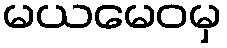
မယမေဝမှ